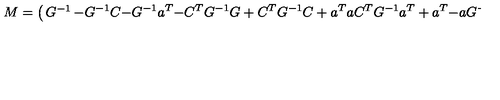
M = \left( \begin{matrix} { G ^ { - 1 } } & { - G ^ { - 1 } C } & { - G ^ { - 1 } a ^ { T } } \\ { - C ^ { T } G ^ { - 1 } } & { G + C ^ { T } G ^ { - 1 } C + a ^ { T } a } & { C ^ { T } G ^ { - 1 } a ^ { T } + a ^ { T } } \\ { - a G ^ { - 1 } } & { a G ^ { - 1 } C + a } & { I + a G ^ { - 1 } a ^ { T } } \\ \end{matrix} \right) ,